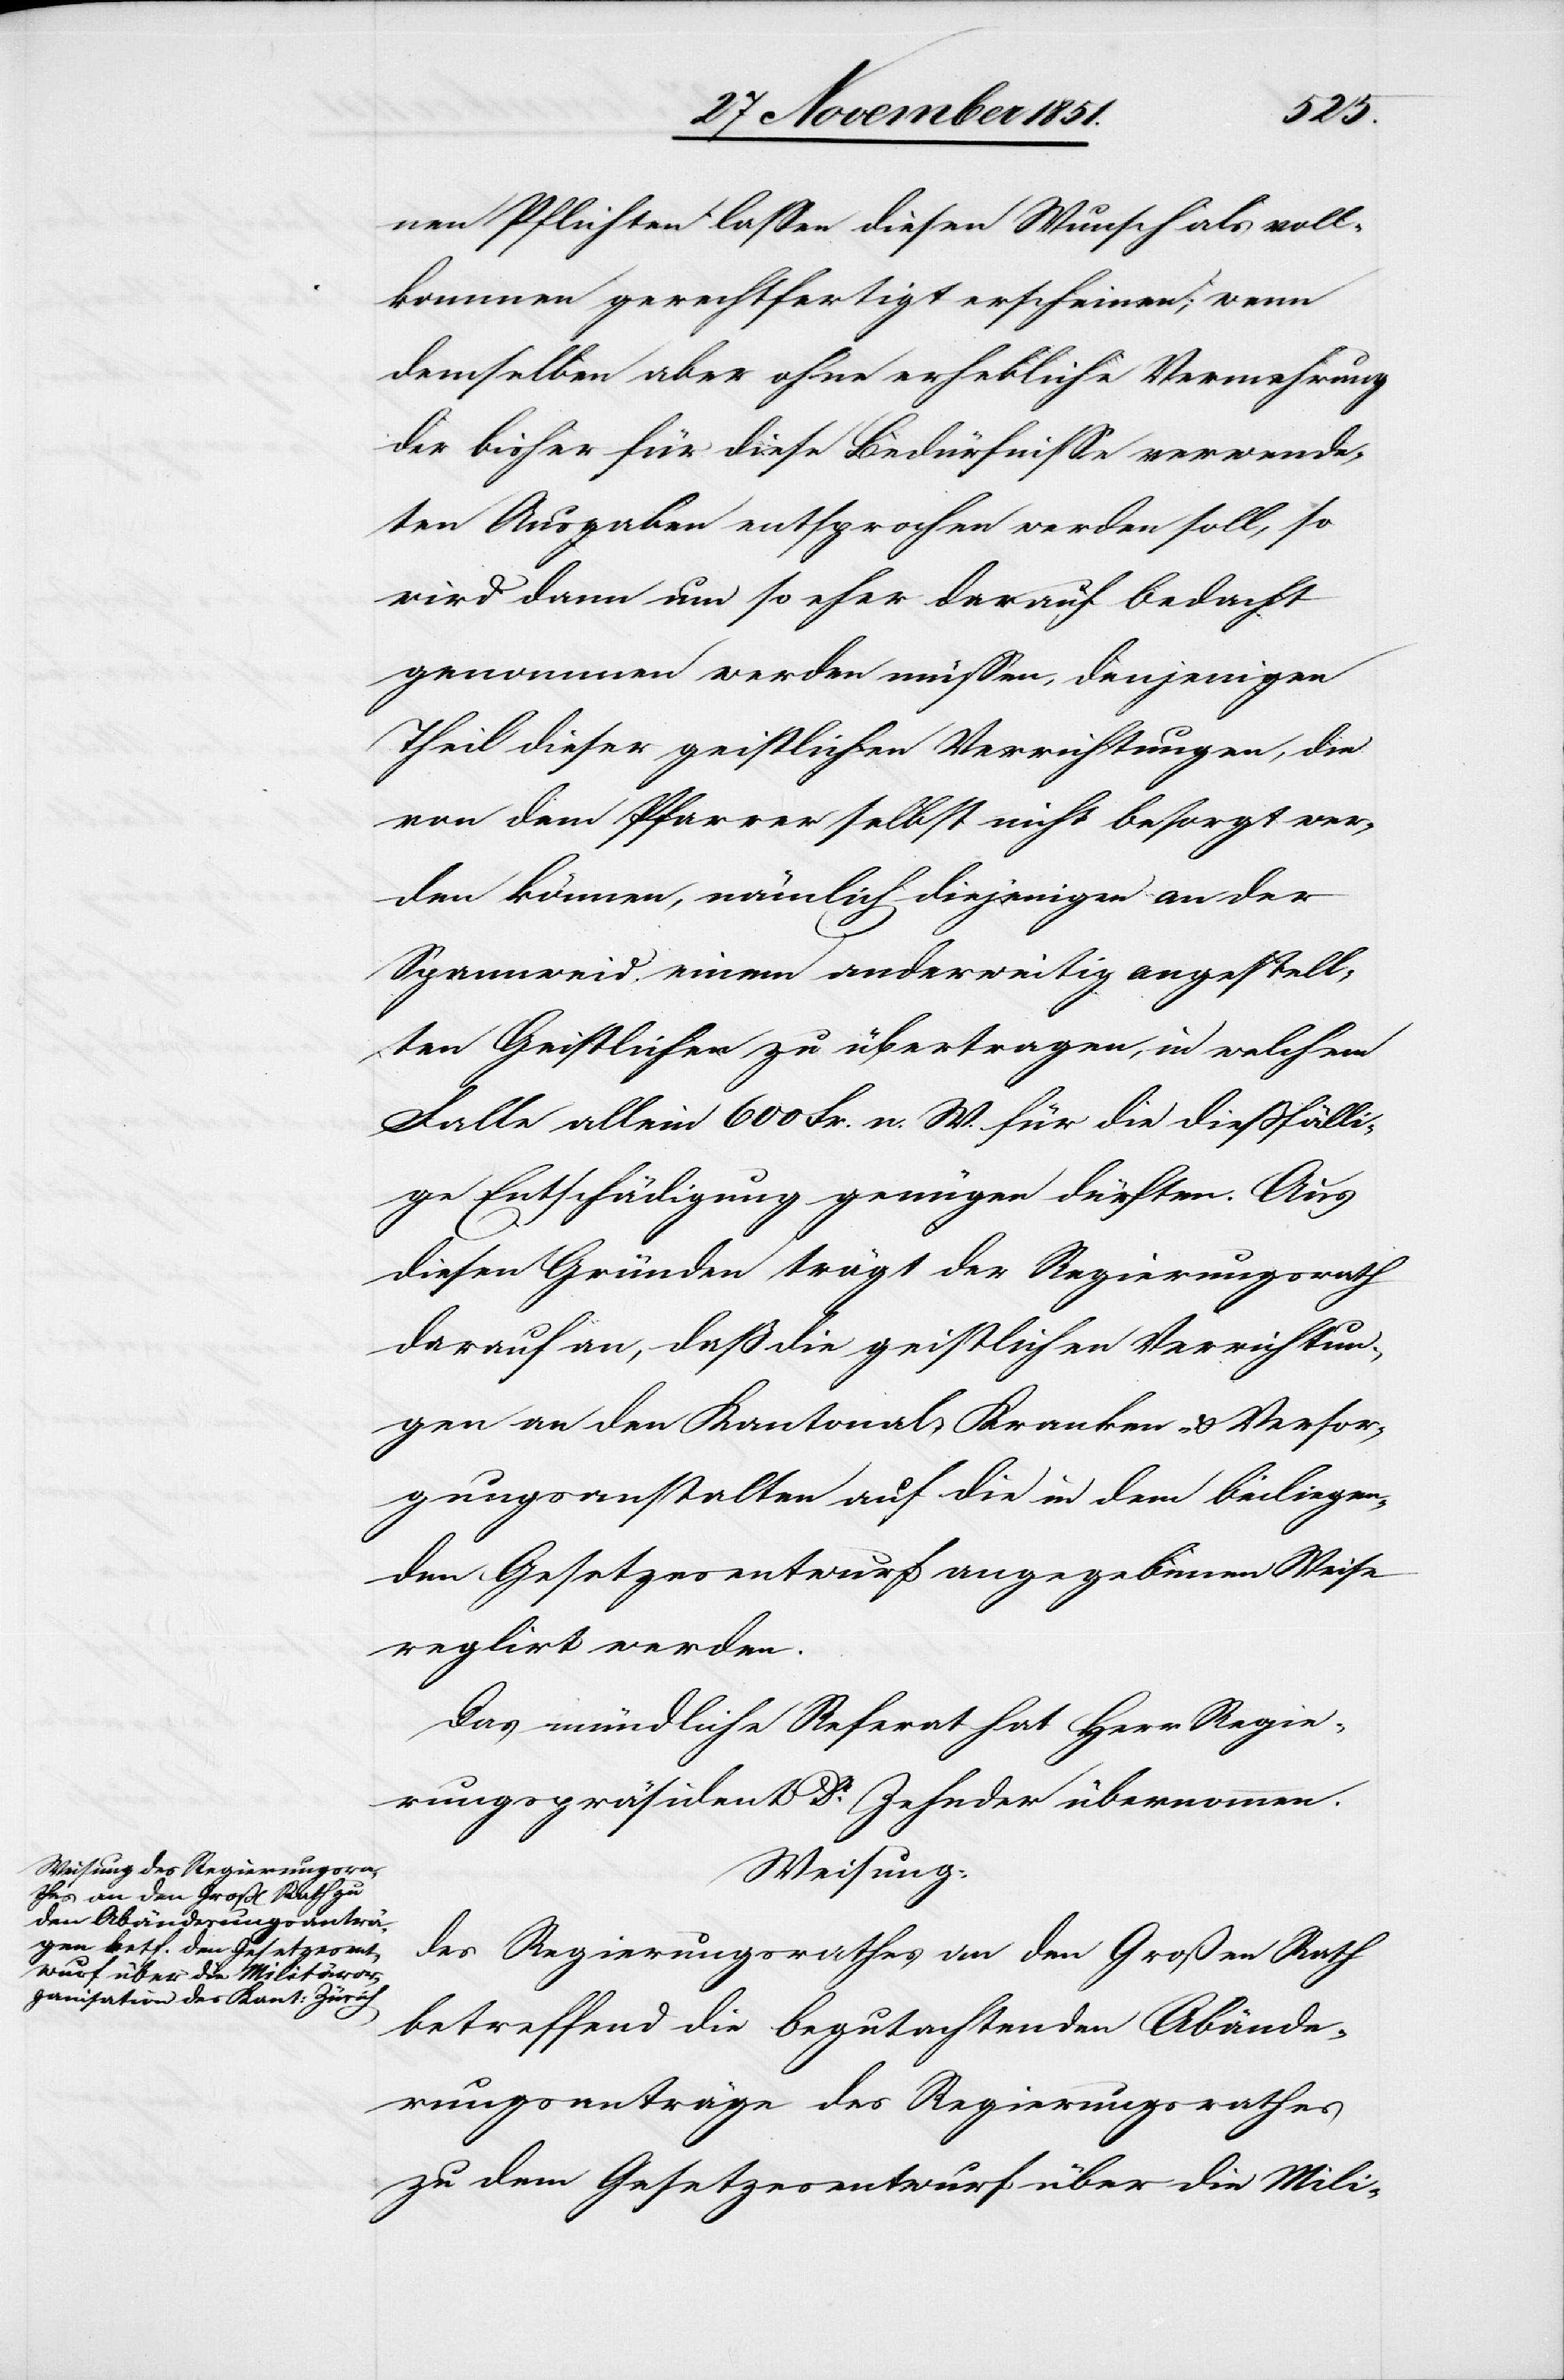
nen Pflichten lassen diesen Wunsch als voll¬
kommen gerechtfertigt erscheinen; wenn
demselben aber ohne erhebliche Vermehrung
der bisher für diese Bedürfnisse verwende¬
ten Ausgaben entsprochen werden soll, so
wird dann um so eher darauf bedacht
genommen werden müssen, denjenigen
Theil dieser geistlichen Verrichtungen, die
von dem Pfarrer selbst nicht besorgt wer¬
den können, nämlich diejenigen an der
Spannweid einem anderweitig angestell¬
ten Geistlichen zu übertragen, in welchem
Falle allein 600 Fr. n. W. für die dießfälli¬
ge Entschädigung genügen dürften. Aus
diesen Gründen trägt der Regierungsrath
darauf an, daß die geistlichen Verrichtun¬
gen an den Kantonal-Kranken- & Versor¬
gungsanstalten auf die in dem beiliegen¬
den Gesetzesentwurf angegebenen Weise
reglirt werden.
Das mündliche Referat hat Herr Regie¬
rungspräsident Dr. Zehnder übernommen.
Weisung:
des Regierungsrathes an den Großen Rath
betreffend die begutachtenden Abände¬
rungsanträge des Regierungsrathes
zu dem Gesetzesentwurf über die Mili-